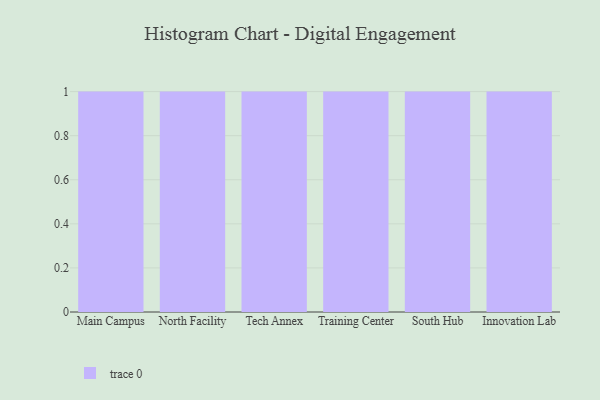
{"axis": {"x": "Campus", "y": "Inventory Turnover"}, "legend": [""], "data": [{"x": "Main Campus", "y": 92, "type": ""}, {"x": "North Facility", "y": 24, "type": ""}, {"x": "Tech Annex", "y": 62, "type": ""}, {"x": "Training Center", "y": 61, "type": ""}, {"x": "South Hub", "y": 5, "type": ""}, {"x": "Innovation Lab", "y": 58, "type": ""}]}